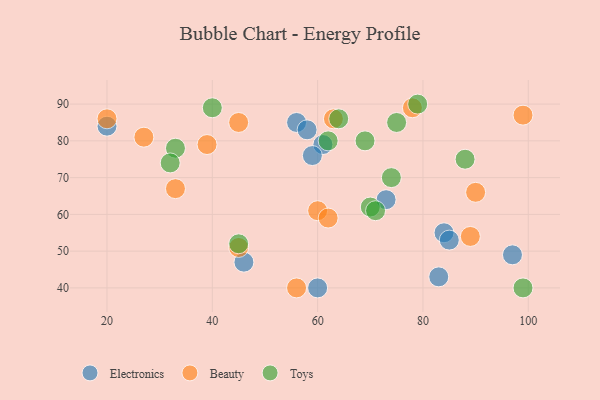
{"axis": {"x": "GDP", "y": "Life Expectancy"}, "legend": ["Beauty", "Electronics", "Toys"], "data": [{"x": "83", "y": 43, "type": "Electronics"}, {"x": "61", "y": 79, "type": "Electronics"}, {"x": "73", "y": 64, "type": "Electronics"}, {"x": "60", "y": 40, "type": "Electronics"}, {"x": "97", "y": 49, "type": "Electronics"}, {"x": "56", "y": 85, "type": "Electronics"}, {"x": "58", "y": 83, "type": "Electronics"}, {"x": "84", "y": 55, "type": "Electronics"}, {"x": "20", "y": 84, "type": "Electronics"}, {"x": "46", "y": 47, "type": "Electronics"}, {"x": "85", "y": 53, "type": "Electronics"}, {"x": "59", "y": 76, "type": "Electronics"}, {"x": "39", "y": 79, "type": "Beauty"}, {"x": "90", "y": 66, "type": "Beauty"}, {"x": "63", "y": 86, "type": "Beauty"}, {"x": "89", "y": 54, "type": "Beauty"}, {"x": "33", "y": 67, "type": "Beauty"}, {"x": "20", "y": 86, "type": "Beauty"}, {"x": "56", "y": 40, "type": "Beauty"}, {"x": "27", "y": 81, "type": "Beauty"}, {"x": "60", "y": 61, "type": "Beauty"}, {"x": "45", "y": 51, "type": "Beauty"}, {"x": "78", "y": 89, "type": "Beauty"}, {"x": "45", "y": 85, "type": "Beauty"}, {"x": "62", "y": 59, "type": "Beauty"}, {"x": "99", "y": 87, "type": "Beauty"}, {"x": "69", "y": 80, "type": "Toys"}, {"x": "70", "y": 62, "type": "Toys"}, {"x": "33", "y": 78, "type": "Toys"}, {"x": "88", "y": 75, "type": "Toys"}, {"x": "99", "y": 40, "type": "Toys"}, {"x": "64", "y": 86, "type": "Toys"}, {"x": "45", "y": 52, "type": "Toys"}, {"x": "40", "y": 89, "type": "Toys"}, {"x": "71", "y": 61, "type": "Toys"}, {"x": "75", "y": 85, "type": "Toys"}, {"x": "62", "y": 80, "type": "Toys"}, {"x": "74", "y": 70, "type": "Toys"}, {"x": "79", "y": 90, "type": "Toys"}, {"x": "32", "y": 74, "type": "Toys"}]}